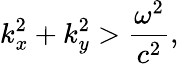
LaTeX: k_{x}^{2}+k_{y}^{2}>{\frac{\omega^{2}}{c^{2}}},